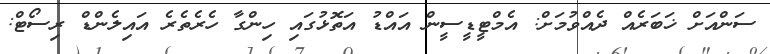
ސަންއަށް ޚަބަރެއް ދެއްވުމަށް: އެމްޓީޑީސީން އައްޑު އަތޮޅުގައި ހިންގާ ހެރެތެރެ އައިލެންޑް ރިސޯޓް: